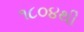
૧૮૦૪થી